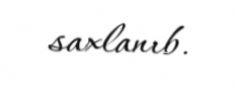
saxlanıb.